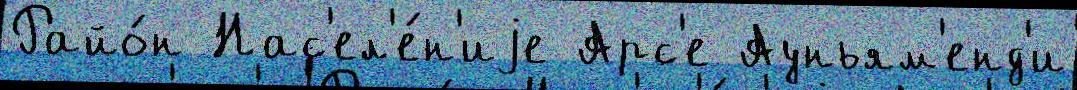
Райо́н Нас'ел'е́н'иjе Арс'е Ауньям'енд'и